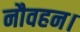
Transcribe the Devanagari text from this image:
नौवहन।